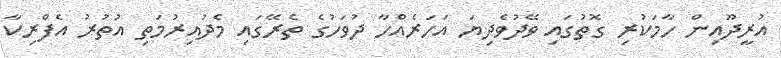
އުރީދޫއިން ހާމަކުރި ގޮތުގައި ވޭދުވެދިޔަ އަހަރެއްހާ ދުވަހުގެ ތެރޭގައި މެދުއިރުމަތި އުތުރު އެފްރިކާ